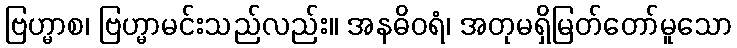
ဗြဟ္မာစ၊ ဗြဟ္မာမင်းသည်လည်း။ အနဓိဝရံ၊ အတုမရှိမြတ်တော်မူသော